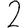
Digit: 2